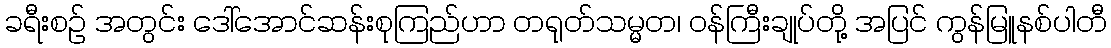
ခရီးစဉ် အတွင်း ဒေါ်အောင်ဆန်းစုကြည်ဟာ တရုတ်သမ္မတ၊ ဝန်ကြီးချုပ်တို့ အပြင် ကွန်မြူနစ်ပါတီ